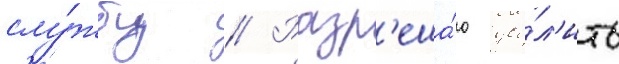
слу́жбу // Разр'еша́ю уво́л'ить